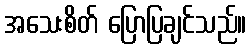
အသေးစိတ် ပြောပြချင်သည်။